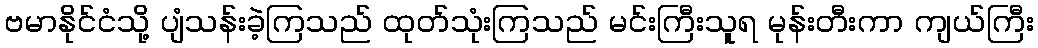
ဗမာနိုင်ငံသို့ ပျံသန်းခဲ့ကြသည် ထုတ်သုံးကြသည် မင်းကြီးသူရ မုန်းတီးကာ ကျယ်ကြီး